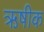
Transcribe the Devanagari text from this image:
ऋषीक